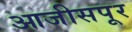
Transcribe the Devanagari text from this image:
आजीसपूर